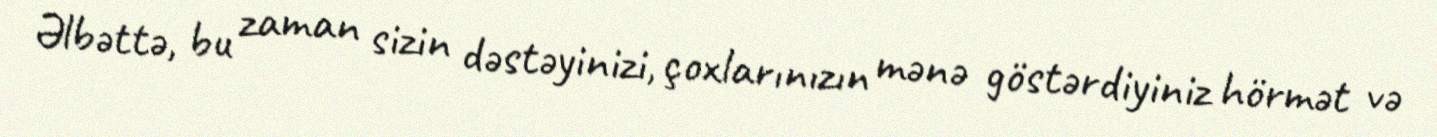
Əlbəttə, bu zaman sizin dəstəyinizi, çoxlarınızın mənə göstərdiyiniz hörmət və